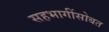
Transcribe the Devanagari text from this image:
सहभागींसोबत